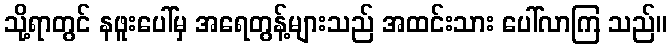
သို့ရာတွင် နဖူးပေါ်မှ အရေတွန့်များသည် အထင်းသား ပေါ်လာကြ သည်။